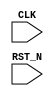
//
// Generated by Bluespec Compiler (build 00185f79)
//
// On Sat Apr 10 18:34:38 IST 2021
//
//
// Ports:
// Name                         I/O  size props
// CLK                            I     1 clock
// RST_N                          I     1 reset
//
// No combinational paths from inputs to outputs
//
//

`ifdef BSV_ASSIGNMENT_DELAY
`else
  `define BSV_ASSIGNMENT_DELAY
`endif

`ifdef BSV_POSITIVE_RESET
  `define BSV_RESET_VALUE 1'b1
  `define BSV_RESET_EDGE posedge
`else
  `define BSV_RESET_VALUE 1'b0
  `define BSV_RESET_EDGE negedge
`endif

module mkTb(CLK,
	    RST_N);
  input  CLK;
  input  RST_N;

  // register step
  reg [31 : 0] step;
  wire [31 : 0] step$D_IN;
  wire step$EN;

  // register step
  assign step$D_IN = step + 32'd1 ;
  assign step$EN = step == 32'd1 || step == 32'd0 ;

  // handling of inlined registers

  always@(posedge CLK)
  begin
    if (RST_N == `BSV_RESET_VALUE)
      begin
        step <= `BSV_ASSIGNMENT_DELAY 32'd0;
      end
    else
      begin
        if (step$EN) step <= `BSV_ASSIGNMENT_DELAY step$D_IN;
      end
  end

  // synopsys translate_off
  `ifdef BSV_NO_INITIAL_BLOCKS
  `else // not BSV_NO_INITIAL_BLOCKS
  initial
  begin
    step = 32'hAAAAAAAA;
  end
  `endif // BSV_NO_INITIAL_BLOCKS
  // synopsys translate_on

  // handling of system tasks

  // synopsys translate_off
  always@(negedge CLK)
  begin
    #0;
    if (RST_N != `BSV_RESET_VALUE)
      if (step == 32'd0) $display("=== step 0 ===");
    if (RST_N != `BSV_RESET_VALUE)
      if (step == 32'd0) $display("isLarge = ", 1'd1);
    if (RST_N != `BSV_RESET_VALUE)
      if (step == 32'd1) $display("=== step 1 ===");
    if (RST_N != `BSV_RESET_VALUE)
      if (step == 32'd1) $display("i is ", $signed(32'd1));
    if (RST_N != `BSV_RESET_VALUE)
      if (step == 32'd1) $display("i is ", $signed(32'd2));
    if (RST_N != `BSV_RESET_VALUE)
      if (step == 32'd1) $display("i is ", $signed(32'd4));
    if (RST_N != `BSV_RESET_VALUE)
      if (step == 32'd1) $display("i is ", $signed(32'd8));
    if (RST_N != `BSV_RESET_VALUE) if (step == 32'd2) $display("All done");
    if (RST_N != `BSV_RESET_VALUE) if (step == 32'd2) $finish(32'd0);
  end
  // synopsys translate_on
endmodule  // mkTb